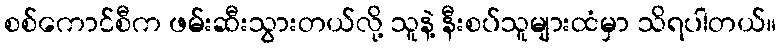
စစ်ကောင်စီက ဖမ်းဆီးသွားတယ်လို့ သူနဲ့ နီးစပ်သူများထံမှာ သိရပါတယ်။